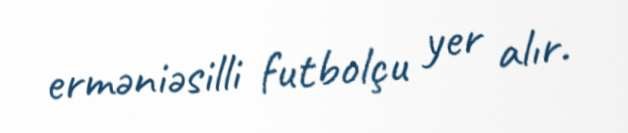
erməniəsilli futbolçu yer alır.